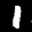
Label: 1